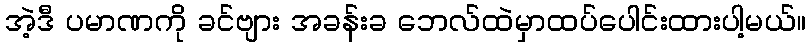
အဲ့ဒီ ပမာဏကို ခင်ဗျား အခန်းခ ဘေလ်ထဲမှာထပ်ပေါင်းထားပါ့မယ်။